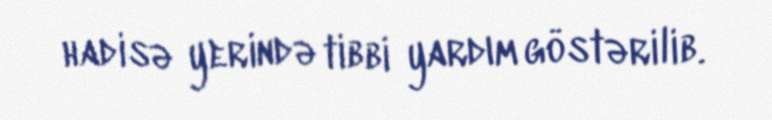
hadisə yerində tibbi yardım göstərilib.